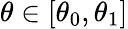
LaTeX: \theta\in[\theta_{0},\theta_{1}]